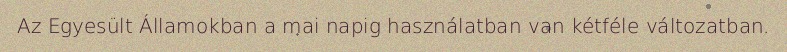
Az Egyesült Államokban a mai napig használatban van kétféle változatban.